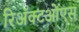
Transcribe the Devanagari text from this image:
रिअॅक्टओएस